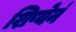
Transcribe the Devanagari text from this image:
शिष्येनं